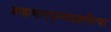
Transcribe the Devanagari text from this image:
ब्राह्मणान्‌सम्यग्राहयित्वा